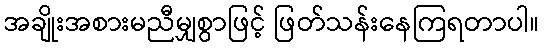
အချိုးအစားမညီမျှစွာဖြင့် ဖြတ်သန်းနေကြရတာပါ။